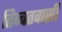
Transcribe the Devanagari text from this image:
तिब्बतवासी